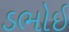
ડભોઇ